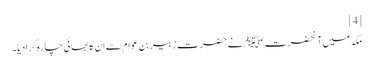
[4]
مکہ میں آنحضرت ﷺ نے حضرت زبیر بن عوام سے ان کا بھائی چارہ کرادیا۔